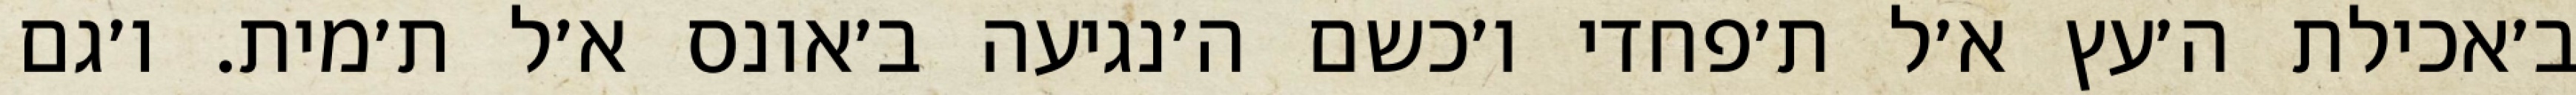
ב׳אכילת ה׳עץ א׳ל ת׳פחדי ו׳כשם ה׳נגיעה ב׳אונס א׳ל ת׳מית. ו׳גם